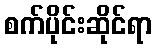
စက်ပိုင်းဆိုင်ရာ